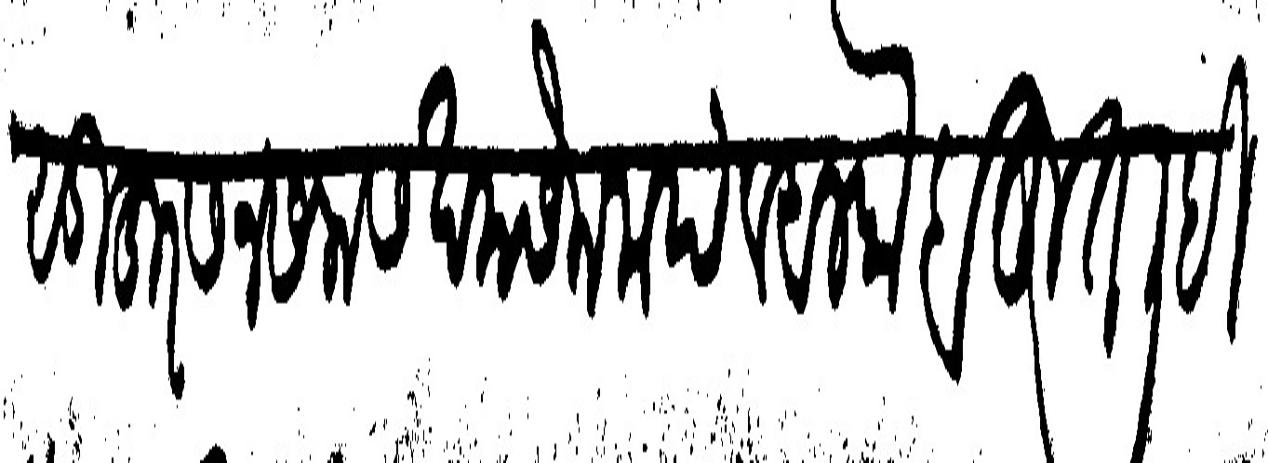
Transliteration (Devanagari): सुहुरसन सलास खमसेन मया व अलफ बहुत लिहि